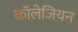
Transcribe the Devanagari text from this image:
कॉलेजियन